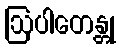
ဩပါတေန္တု